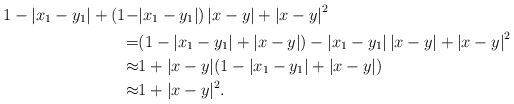
\begin{align*}1-|x_1-y_1|+(1-&|x_1-y_1|)\left|x-y\right|+\left|x-y\right|^2\\=&(1-|x_1-y_1|+|x-y|)-|x_1-y_1|\left|x-y\right|+\left|x-y\right|^2\\\approx&1+|x-y|(1-|x_1-y_1|+\left|x-y\right|)\\\approx&1+|x-y|^2.\end{align*}